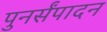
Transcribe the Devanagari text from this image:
पुनर्संपादन